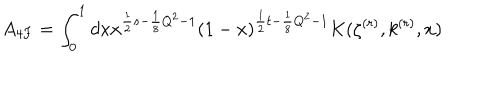
A _ { 4 F } = \int _ { 0 } ^ { 1 } d x x ^ { \frac { 1 } { 2 } s - \frac { 1 } { 8 } Q ^ { 2 } - 1 } ( 1 - x ) ^ { \frac { 1 } { 2 } t - \frac { 1 } { 8 } Q ^ { 2 } - 1 } K ( \zeta ^ { ( r ) } , k ^ { ( r ) } , x )